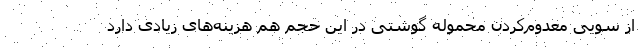
از سویی معدوم‌کردن محموله گوشتی در این حجم هم هزینه‌های زیادی دارد